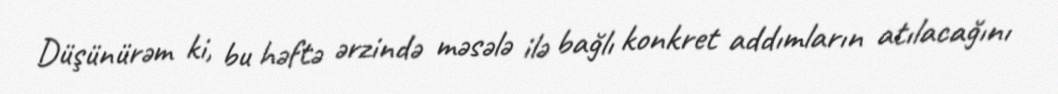
Düşünürəm ki, bu həftə ərzində məsələ ilə bağlı konkret addımların atılacağını